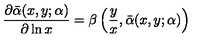
\frac { \partial \bar { \alpha } ( x , y ; \alpha ) } { \partial \ln x } = \beta \left( \frac { y } { x } , \bar { \alpha } ( x , y ; \alpha ) \right)